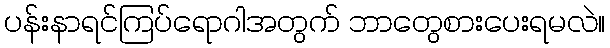
ပန်းနာရင်ကြပ်ရောဂါအတွက် ဘာတွေစားပေးရမလဲ။